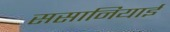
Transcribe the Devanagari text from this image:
ससानियाई